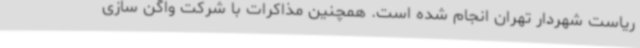
ریاست شهردار تهران انجام شده است. همچنین مذاکرات با شرکت واگن سازی